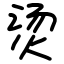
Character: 烫